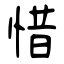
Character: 惜